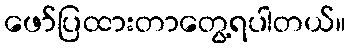
ဖော်ပြထားတာတွေ့ရပါတယ်။